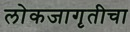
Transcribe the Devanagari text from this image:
लोकजागृतीचा